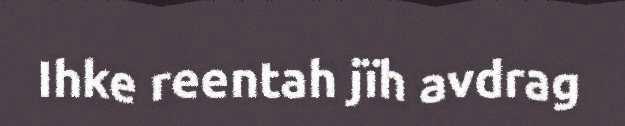
Ihke reentah jïh avdrag